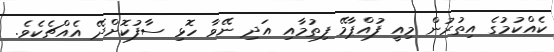
ކެއްކުމުގެ އިތުރުން މިއީ ފުއްޕާމޭ ފިތުމާއި އަދި ނޭވާ ހޮޅި ސާފުކޮށްދޭ އެއްޗެކެވެ.